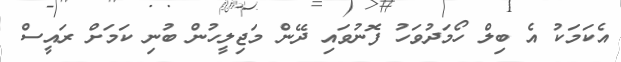
އެކަމަކު އެ ބިލް ހޯމަދުވަހު ފޮނުވައި ދޭން މަޖިލީހުން ބުނި ކަމަށް ރައީސް